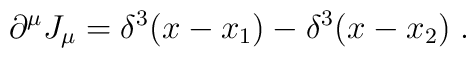
\partial ^\mu J_\mu =\delta ^3(x-x_1)-\delta ^3(x-x_2)\;.